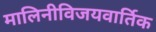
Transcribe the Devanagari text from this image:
मालिनीविजयवार्तिक